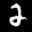
Label: 2